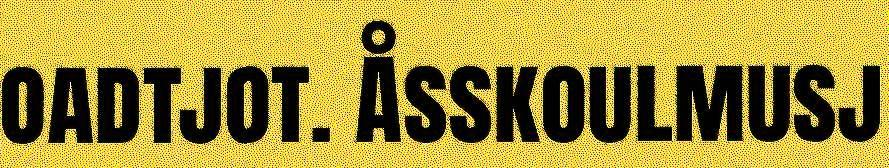
oadtjot. Åsskoulmusj